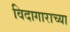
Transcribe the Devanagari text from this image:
विदागाराच्या